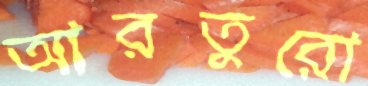
আরতুরো